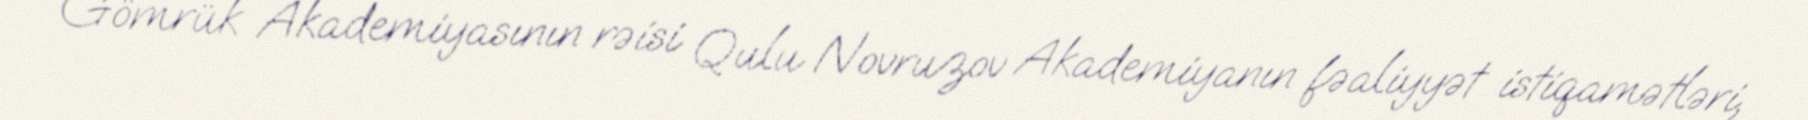
Gömrük Akademiyasının rəisi Qulu Novruzov Akademiyanın fəaliyyət istiqamətləri,